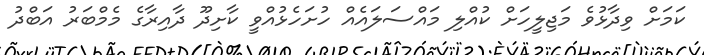
ކަމަށް ވިދާޅުވެ މަޖިލީހަށް ކުއްލި މައްސަލައެއް ހުށަހެޅުއްވީ ކާށިދޫ ދާއިރާގެ މެމްބަރު އަބްދު